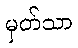
မှတ်သာ